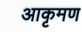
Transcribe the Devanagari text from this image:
आकृमण